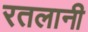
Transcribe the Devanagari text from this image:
रतलानी